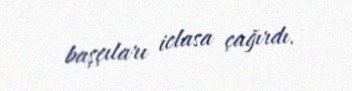
başçıları iclasa çağırdı.